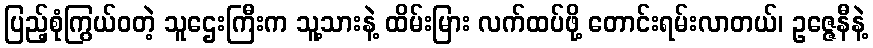
ပြည့်စုံကြွယ်ဝတဲ့ သူဌေးကြီးက သူ့သားနဲ့ ထိမ်းမြား လက်ထပ်ဖို့ တောင်းရမ်းလာတယ်၊ ဥဇ္ဇေနီနဲ့